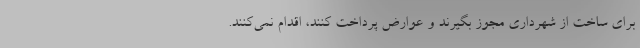
برای ساخت از شهرداری مجوز بگیرند و عوارض پرداخت کنند، اقدام نمی‌کنند.